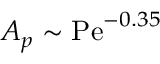
A _ { p } \sim \mathrm { P e } ^ { - 0 . 3 5 }